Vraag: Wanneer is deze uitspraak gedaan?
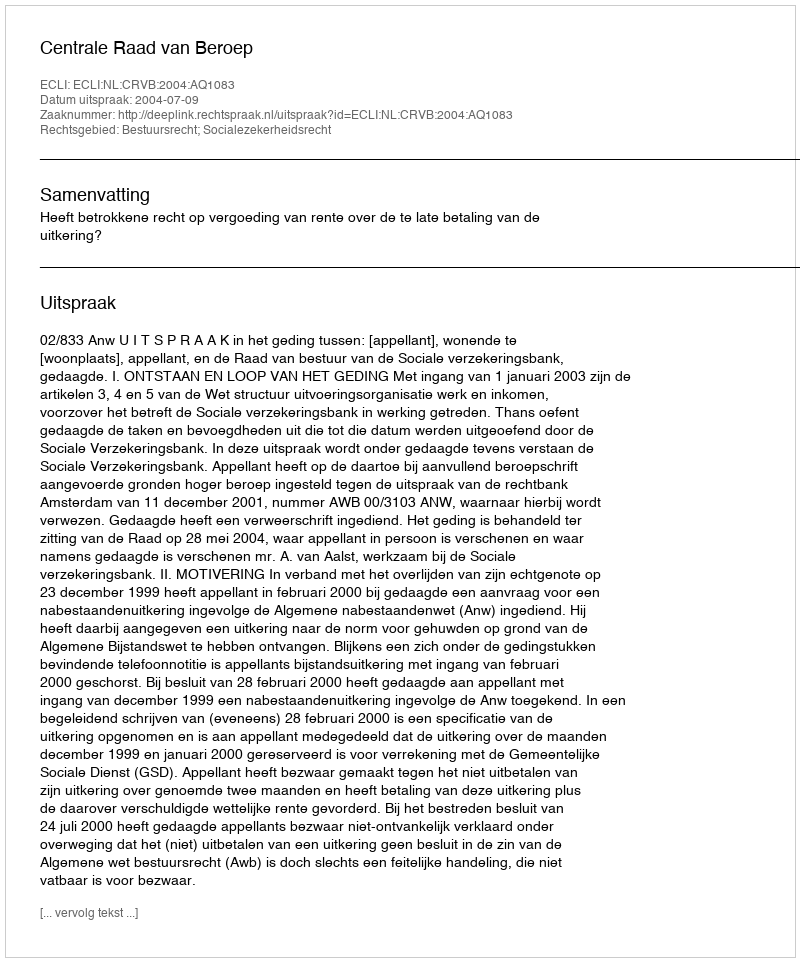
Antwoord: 2004-07-09